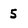
Character: 5